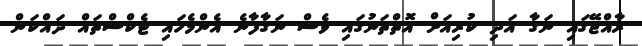
ރާއްޖޭގައި ނަގާ އަދި ކުރިއަށް އޮތްތަނުގައި ވެސް ނަގާފާނެ އެންމެހައި ޓެކްސްތައް ދައްކަން